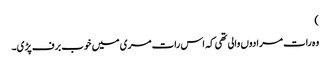
)
وہ رات مرادوں والی تھی کہ اس رات مری میں خوب برف پڑی۔